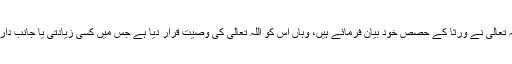
اس کے برعکس جہاں اللہ تعالیٰ نے ورثا کے حصص خود بیان فرمائے ہیں، وہاں اس کو اللہ تعالیٰ کی وصیت قرار دیا ہے جس میں کسی زیادتی یا جانب داری کا خدشہ نہیں ہو سکتا۔